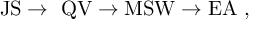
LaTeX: \mathrm { J S } \to \ \mathrm { Q V } \to \mathrm { M S W } \to \mathrm { E A } \ ,